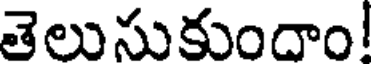
తెలుసుకుందాం!